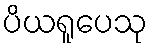
ပိယရူပေသု